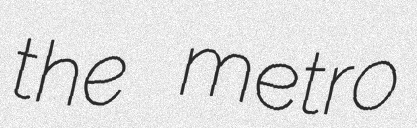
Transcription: the metro